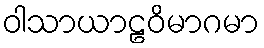
ဝါသာယာဠဝိမာဂမာ